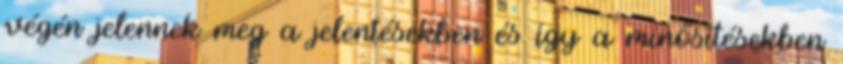
végén jelennek meg a jelentésekben és így a minősítésekben